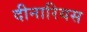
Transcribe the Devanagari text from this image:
दीनारियस